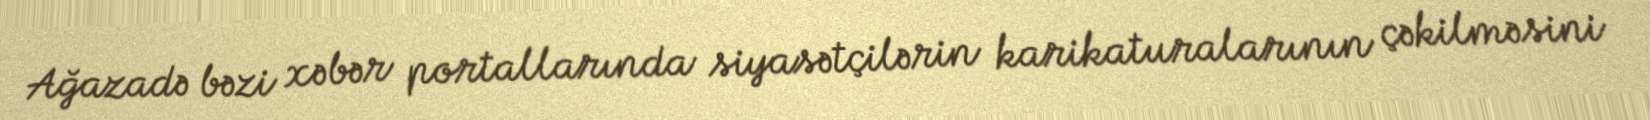
Ağazadə bəzi xəbər portallarında siyasətçilərin karikaturalarının çəkilməsini